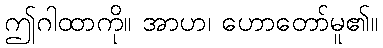
ဤဂါထာကို။ အာဟ၊ ဟောတော်မူ၏။